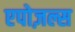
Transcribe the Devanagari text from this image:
एपोज़ल्स